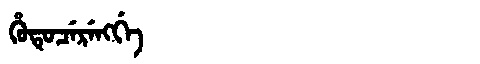
Manchu: ᡥᡠᡨᡠᠴᡝᡵᡝᠩᡤᡝ
Romanization: HUTUCERENGGE